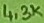
Text: 4,3K